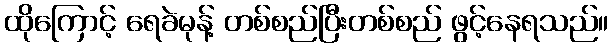
ထိုကြောင့် ရေခဲမုန့် တစ်စည်ပြီးတစ်စည် ဖွင့်နေရသည်။